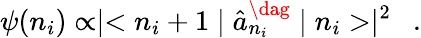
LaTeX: \psi(n_{i})\propto\mid<n_{i}+1\mid\hat{a}_{n_{i}}^{\dag}\mid n_{i}>\mid^{2}\ \ .